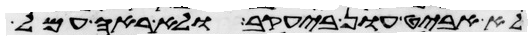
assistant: לא אביט און ביעקב ולא ראה עמל